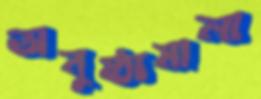
অনুষ্ঠামালা